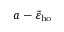
a - \tilde { \varepsilon } _ { \mathrm { h o } }